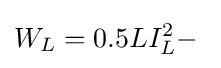
W_{L}=0.5LI_{L}^{2}-\